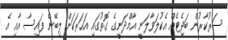
ސަރުކާރުން ބަޖެޓެއް އެކުލަވާލަނީ އާމްދަނީގެ ގޮތުގައި އަހަރަކަށް ލިބޭނެ ފައިސާ އާއި އެ